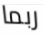
ربما